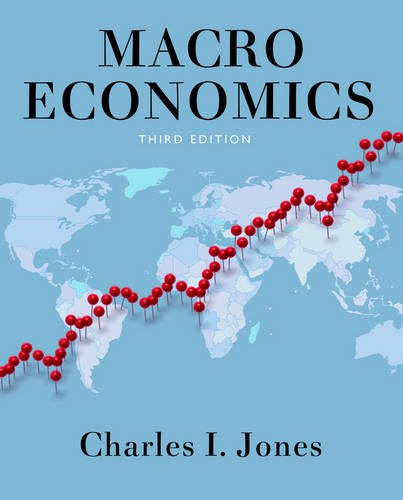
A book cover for Macroeconomics (Third Edition); Charles I. Jones; Business & Money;